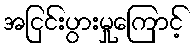
အငြင်းပွားမှုကြောင့်